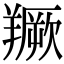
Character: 𦏅